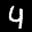
Label: 4